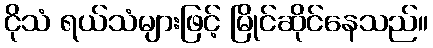
ငိုသံ ရယ်သံများဖြင့် မြိုင်ဆိုင်နေသည်။